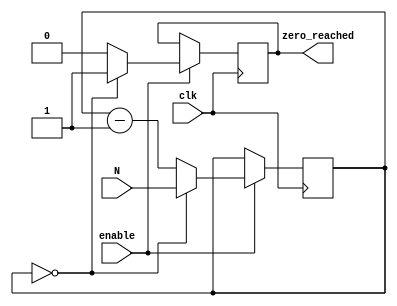
module mod_n_down_counter(
    input wire clk,
    input wire enable,
    input wire [7:0] N,
    output reg zero_reached
);

reg [7:0] count;

always @(posedge clk) begin
    if (enable) begin
        if (count == 0) begin
            count <= N;
            zero_reached <= 1;
        end else begin
            count <= count - 1;
            zero_reached <= 0;
        end
    end
end

endmodule